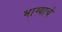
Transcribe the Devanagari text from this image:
भाग्याचे